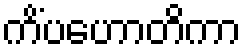
ကိံပဟောတိကာ